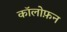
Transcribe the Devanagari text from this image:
कॉलोफ़न